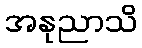
အနုညာသိ